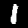
Digit: 1